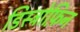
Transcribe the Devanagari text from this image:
डिस्ट्रोफ़िन